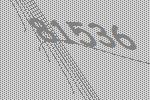
81536